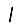
Digit: 1